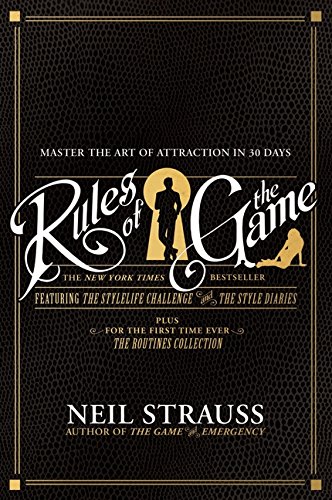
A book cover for Rules of the Game; Neil Strauss; Humor & Entertainment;